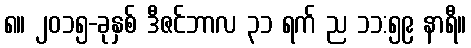
၈။ ၂၀၁၅-ခုနှစ် ဒီဇင်ဘာလ ၃၁ ရက် ည ၁၁:၅၉ နာရီ။